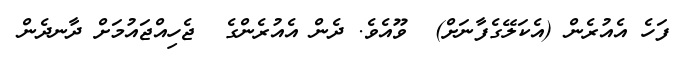
ފަހެ އެއުރެން (އެކަލޭގެފާނަށް)  ވޫއެވެ. ދެން އެއުރެންގެ  ޖެހިއްޖައުމަށް ދާނދެން